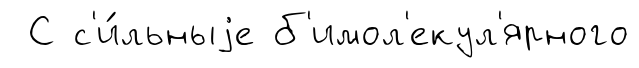
С с'и́льныjе б'имол'екул'ярного